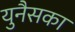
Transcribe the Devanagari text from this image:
युनैसका